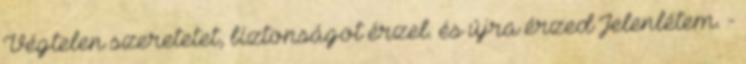
Végtelen szeretetet, biztonságot érzel. és újra érzed Jelenlétem. -